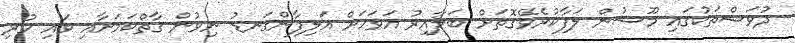
ދުވަސްތަކުގައި މޫސުން ލަފާކުރެވޭގޮތަށް ބަލާއިރު އަވަހަށް އަލިފާންގަނޑު ނިވުން ގާތްކަމަށާއި ވައި ހުރި